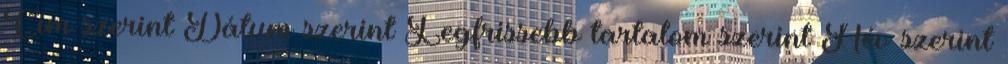
Cím szerint Dátum szerint Legfrissebb tartalom szerint Név szerint